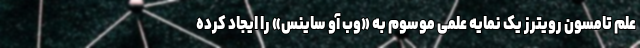
علم تامسون رویترز یک نمایه علمی موسوم به «وب آو ساینس» را ایجاد کرده